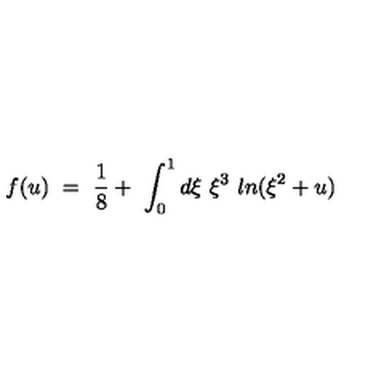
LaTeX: f ( u ) \ = \ \frac { 1 } { 8 } + \ \int _ { 0 } ^ { 1 } d \xi \ \xi ^ { 3 } \ l n ( \xi ^ { 2 } + u )